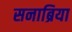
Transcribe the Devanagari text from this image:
सनाब्रिया